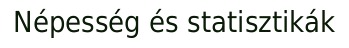
Népesség és statisztikák